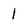
Character: 1